Calcutta medical institutions reports 1879-81 [i.e.91]
Year: 1879
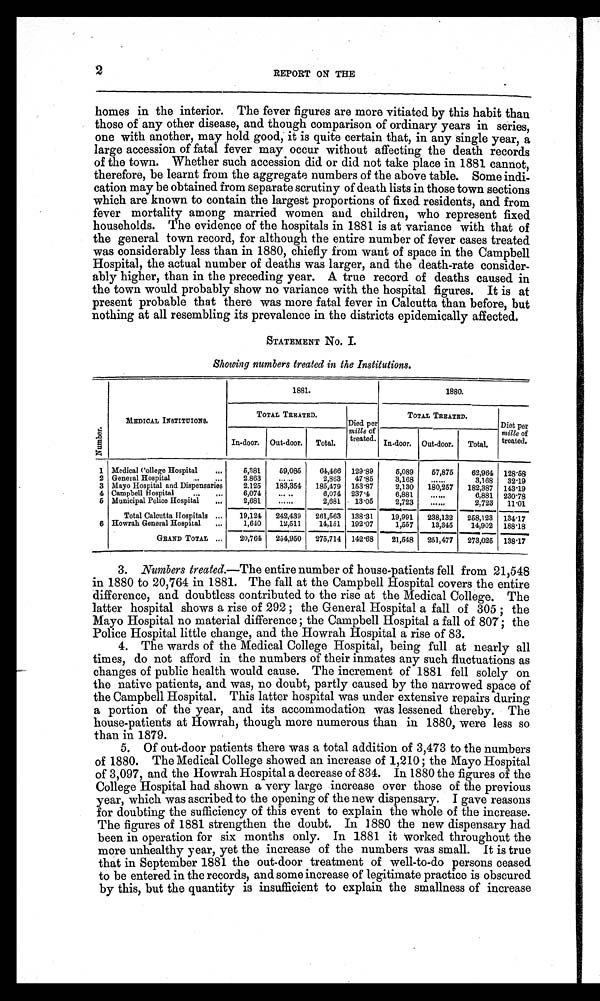
2
REPORT ON THE
homes in the interior. The fever figures are more vitiated by this habit than
those of any other disease, and though comparison of ordinary years in series,
one with another, may hold good, it is quite certain that, in any single year, a
large accession of fatal fever may occur without affecting the death records
of the town. Whether such accession did or did not take place in 1881 cannot,
therefore, be learnt from the aggregate numbers of the above table. Some indi
-cation may be obtained from separate scrutiny of death lists in those town sections
which are known to contain the largest proportions of fixed residents, and from
fever mortality among married women and children, who represent fixed
households. The evidence of the hospitals in 1881 is at variance with that of
the general town record, for although the entire number of fever cases treated
was considerably less than in 1880, chiefly from want of space in the Campbell
Hospital, the actual number of deaths was larger, and the death-rate consider
-ably higher, than in the preceding year. A true record of deaths caused in
the town would probably show no variance with the hospital figures. It is at
present probable that there was more fatal fever in Calcutta than before, but
nothing at all resembling its prevalence in the districts epidemically affected.
STATEMENT No. I.
Showing numbers treated in the Institutions.
Nu mb e r .
MEDICAL INSTITUTIONS.
1881.
1880.
TOTAL TREATED.
Died per
mille of
treated.
TOTAL TREATED.
Diet Per
mille of
treated.
In-door. Out-door. Total.
In-door. Out-door. Total.
1 Medical College Hospital
5,381
59,085
64,466 129.89
5,089
57,875
62,964 128.58
2 General Hospital
2.863
......
2,863 47.85
3,168
. . . . . .
3,168 32.19
3 Mayo Hospital and Dispensaries
2,125 183,354 185,479 153.87
2,130 180,257 182,387 143.19
4 Campbell Hospital
6,074
......
6,074 237.4
6,881
......
6,881 230.78
5 Municipal Police Hospital
2,681
......
2,681 13.05
2,723
......
2,723 11.01
Total Calcutta Hospitals
19,124 242,439 261,563 138.31
19,991
2 3 8 , 1 3 2
2 5 8 , 1 2 3
134.17
6 Howrah General Hospital
1,640
12,511
14,151 192.07
1,557
13,345
14,902 188.18
GRAND TOTAL
20,764 254,950 275,714 142.68
21,548 251,477 273,025 138.17
3. Numbers treated.—The entire number of house-patients fell from 21,548
in 1880 to 20,764 in 1881 The fall at the Campbell Hospital covers the entire
difference, and doubtless contributed to the rise at the Medical College. The
latter hospital shows a rise of 292; the General Hospital a fall of 305; the
Mayo Hospital no material difference; the Campbell Hospital a fall of 807; the
Police Hospital little change, and the Howrah Hospital a rise of 83.
4. The wards of the Medical College Hospital, being full at nearly all
times, do not afford in the numbers of their inmates any such fluctuations as
changes of public health would cause. The increment of 1881 fell solely on
the native patients, and was, no doubt, partly caused by the narrowed space of
the Campbell Hospital. This latter hospital was under extensive repairs during
a portion of the year, and its accommodation was lessened thereby. The
house-patients at Howrah, though more numerous than in 1880, were less so
than in 1879.
5. Of out-door patients there was a total addition of 3,473 to the numbers
of 1880. The Medical College showed an increase of 1,210; the Mayo Hospital
of 3,097, and the Howrah Hospital a decrease of 834. In 1880 the figures of the
College Hospital had shown a very large increase over those of the previous
year, which was ascribed to the opening of the new dispensary. I gave reasons
for doubting the sufficiency of this event to explain the whole of the increase.
The figures of 1881 strengthen the doubt. In 1880 the new dispensary had
been in operation for six months only. In 1881 it worked throughout the
more unhealthy year, yet the increase of the numbers was small. It is true
that in September 1881 the out-door treatment of well-to-do persons ceased
to be entered in the records, and some increase of legitimate practice is obscured
by this, but the quantity is insufficient to explain the smallness of increase